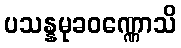
ပသန္နမုခဝဏ္ဏောသိ